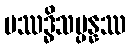
ပဿဒ္ဓိသမ္ပန္နဿ